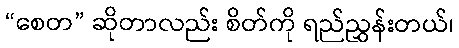
“စေတ” ဆိုတာလည်း စိတ်ကို ရည်ညွှန်းတယ်၊